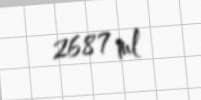
2687 ml